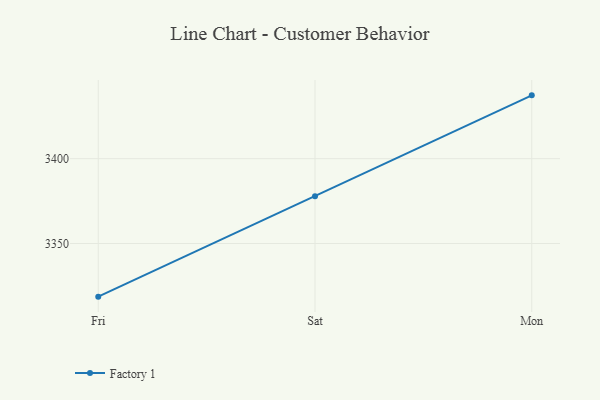
{"axis": {"x": "Day", "y": "Headcount"}, "legend": ["Factory 1"], "data": [{"x": "Fri", "y": 3318.7, "type": "Factory 1"}, {"x": "Sat", "y": 3377.8, "type": "Factory 1"}, {"x": "Mon", "y": 3437.3, "type": "Factory 1"}]}